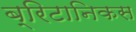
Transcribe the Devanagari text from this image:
ब्रिटानिकस